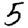
Digit: 5